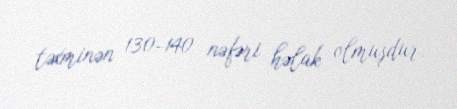
təxminən 130-140 nəfəri həlak olmuşdur.